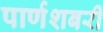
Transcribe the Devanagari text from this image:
पार्णशबरी